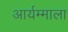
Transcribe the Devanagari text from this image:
आर्यम्माला